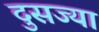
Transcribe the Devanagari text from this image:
दुसज्या